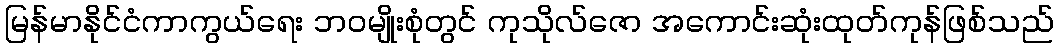
မြန်မာနိုင်ငံကာကွယ်ရေး ဘဝမျိုးစုံတွင် ကုသိုလ်ဇော အကောင်းဆုံးထုတ်ကုန်ဖြစ်သည်